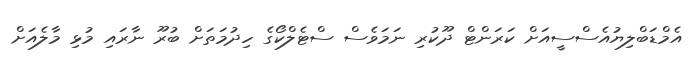
އެމްޑަބްލިޔުއެސްސީއަށް ކަރަންޓް ދޫކުރި ނަމަވެސް ސްޓެލްކޯގެ ހިދުމަތަށް ބުރޫ ނާރައި މުޅި މާލެއަށް